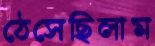
ঠেসেছিলাম